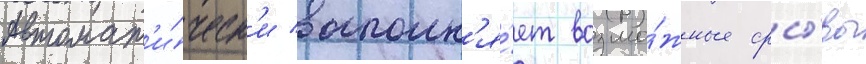
автомат'и́ческ'и восполн'я́ет возмо́жные сры́вы